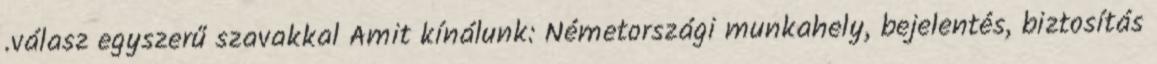
.válasz egyszerű szavakkal Amit kínálunk: Németországi munkahely, bejelentés, biztosítás